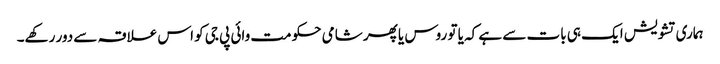
ہماری تشویش ایک ہی بات سے ہے کہ یا تو روس یا پھر شامی حکومت وائی پی جی کو اس علاقہ سے دور رکھے۔